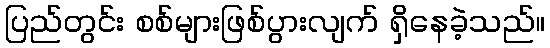
ပြည်တွင်း စစ်များဖြစ်ပွားလျက် ရှိနေခဲ့သည်။